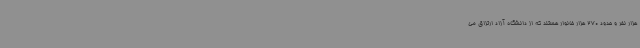
هزار نفر و حدود 270 هزار خانوار هستند که از دانشگاه آزاد ارتزاق می